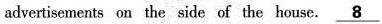
advertisements on the side of the house. \underline{8}